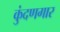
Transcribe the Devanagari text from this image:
कुंदणगार